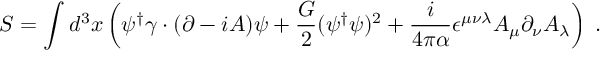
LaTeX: S = \int d ^ { 3 } x \left( \psi ^ { \dagger } \gamma \cdot ( \partial - i A ) \psi + \frac { G } { 2 } ( \psi ^ { \dagger } \psi ) ^ { 2 } + \frac { i } { 4 \pi \alpha } \epsilon ^ { \mu \nu \lambda } A _ { \mu } \partial _ { \nu } A _ { \lambda } \right) \; .